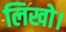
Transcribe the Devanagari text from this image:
लिखो।